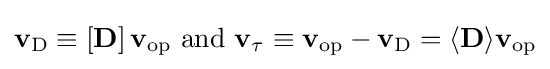
\mathbf {v} _{\textrm {D}}\equiv \left[\mathbf {D} \right]\mathbf {v} _{\textrm {op}}{\textrm {~and~}}\mathbf {v} _{\tau }\equiv \mathbf {v} _{\textrm {op}}-\mathbf {v} _{\textrm {D}}=\langle \mathbf {D} \rangle \mathbf {v} _{\textrm {op}}